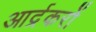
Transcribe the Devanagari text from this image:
आर्द्रकरों